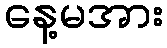
နေ့မအား